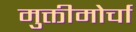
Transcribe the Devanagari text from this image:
मुक्तीमोर्चा